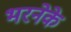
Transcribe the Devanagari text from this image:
भरनेके